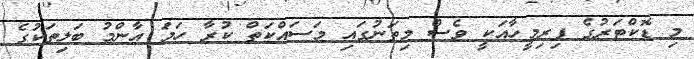
މި ޑޮކްޓަރުގެ ފިރިމީހާއަކީ ވެސް މިތަނުގައި މަސައްކަތް ކުރާ ހަމަ އާންމު ބަލިތަކުގެ